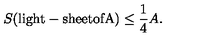
S ( \mathrm { l i g h t - s h e e t o f A } ) \leq \frac { 1 } { 4 } A .